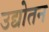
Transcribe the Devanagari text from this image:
उद्योतन